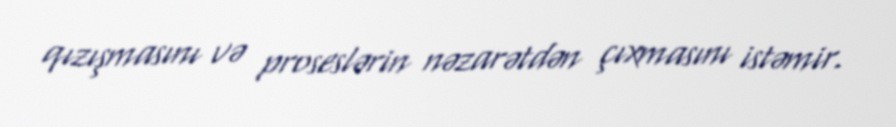
qızışmasını və proseslərin nəzarətdən çıxmasını istəmir.